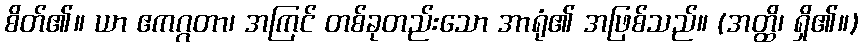
စိတ်၏။ ယာ ဧကဂ္ဂတာ၊ အကြင် တစ်ခုတည်းသော အာရုံ၏ အဖြစ်သည်။ (အတ္ထိ၊ ရှိ၏။)